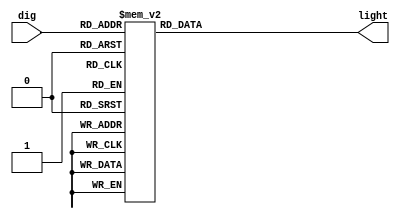
`timescale 1ns / 1ps
//////////////////////////////////////////////////////////////////////////////////
// Company: 
// Engineer: 
// 
// Design Name: 
// Module Name:    dig_ctrl 
// Project Name: 
// Target Devices: 
// Tool versions: 
// Description: 
//
// Dependencies: 
//
// Revision: 
// Revision 0.01 - File Created
// Additional Comments: 
//
//////////////////////////////////////////////////////////////////////////////////
module dig_ctrl(
    input [3:0] dig,
    output reg [6:0] light
    );

	always @(*) begin
		case (dig)
			4'b0000: light <= 7'b1111110;
			4'b0001: light <= 7'b0110000;
			4'b0010: light <= 7'b1101101;
			4'b0011: light <= 7'b1111001;
			4'b0100: light <= 7'b0110011;
			4'b0101: light <= 7'b1011011;
			4'b0110: light <= 7'b1011111;
			4'b0111: light <= 7'b1110000;
			4'b1000: light <= 7'b1111111;
			4'b1001: light <= 7'b1111011;
			4'b1010: light <= 7'b1110111;
			4'b1011: light <= 7'b0011111;
			4'b1100: light <= 7'b1001110;
			4'b1101: light <= 7'b0111101;
			4'b1110: light <= 7'b1001111;
			4'b1111: light <= 7'b1000111;
		endcase
	 end

endmodule